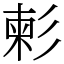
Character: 𢒞